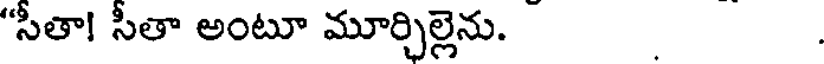
"సీతా! సీతా అంటూ మూర్చిల్లెను.